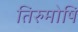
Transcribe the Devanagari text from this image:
तिरुमोषि